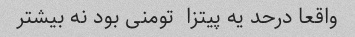
واقعا درحد یه پیتزا  تومنی بود نه بیشتر